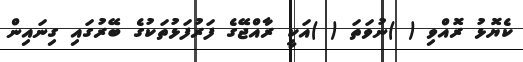
ކެޔޮޅު ރޮއްވި ( )ނުވަތަ ( )އަކީ ރާއްޖޭގެ ފަރުފަޅުތަކުގެ ބޭރުގައި ގިނައިން